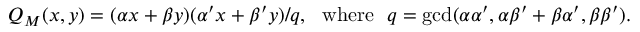
Q _ { M } ( x , y ) = ( \alpha x + \beta y ) ( \alpha ^ { \prime } x + \beta ^ { \prime } y ) / q , \mathrm { ~ ~ w h e r e ~ ~ } q = \operatorname * { g c d } ( \alpha \alpha ^ { \prime } , \alpha \beta ^ { \prime } + \beta \alpha ^ { \prime } , \beta \beta ^ { \prime } ) .